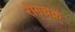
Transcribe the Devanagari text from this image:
रोगचक्र